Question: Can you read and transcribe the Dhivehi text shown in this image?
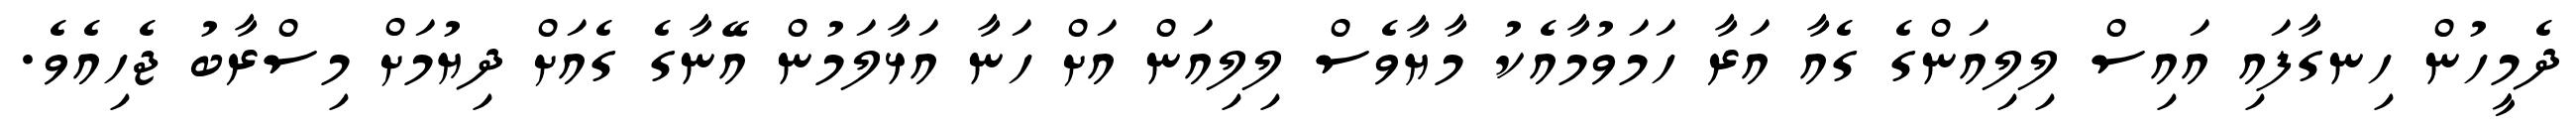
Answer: ދެމީހުން ހިނގާފައި އައިސް ލިލިއަންގެ ގެއާ އަރާ ހަމަވުމާއެކު މާޔާވެސް ލިލިއަން އަށް ހަނާ އަޅާލަމުން އޭނާގެ ގެއަށް ދިޔުމަށް މިސްރާބު ޖެހިއެވެ.